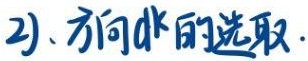
2)、方向$d^k$的选取.